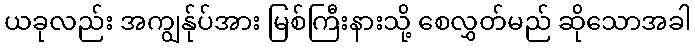
ယခုလည်း အကျွန်ုပ်အား မြစ်ကြီးနားသို့ စေလွှတ်မည် ဆိုသောအခါ